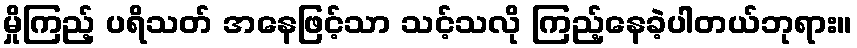
မှိုကြည့် ပရိသတ် အနေဖြင့်သာ သင့်သလို ကြည့်နေခဲ့ပါတယ်ဘုရား။